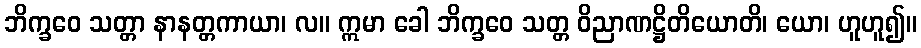
ဘိက္ခဝေ သတ္တာ နာနတ္တကာယာ၊ လ။ ဣမာ ခေါ ဘိက္ခဝေ သတ္တ ဝိညာဏဋ္ဌိတိယောတိ၊ ယော၊ ဟူဟူ၍။